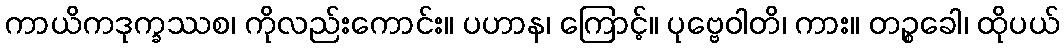
ကာယိကဒုက္ခဿစ၊ ကိုလည်းကောင်း။ ပဟာန၊ ကြောင့်။ ပုဗ္ဗေဝါတိ၊ ကား။ တဉ္စခေါ၊ ထိုပယ်